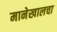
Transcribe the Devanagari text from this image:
मानेखालचा